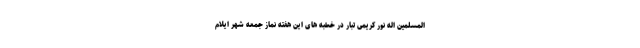
المسلمین اله نور کریمی تبار در خطبه های این هفته نماز جمعه شهر ایلام